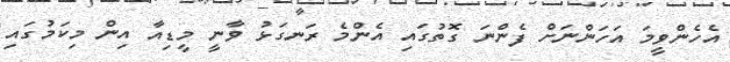
އެހެންވީމަ އަހަންނަށް ފެންނަ ގޮތުގައި އެންމެ ރަނގަޅު ވާނީ މީޑިއާ އިން މިކަމުގައި